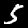
Digit: 5